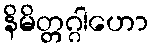
နိမိတ္တဂ္ဂါဟော